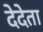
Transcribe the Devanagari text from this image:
देदेता